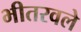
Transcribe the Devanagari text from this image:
भीतरवले